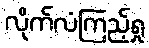
လိုက်လံကြည့်ရှု